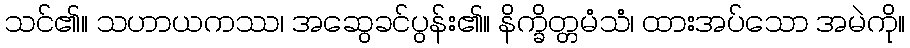
သင်၏။ သဟာယကဿ၊ အဆွေခင်ပွန်း၏။ နိက္ခိတ္တမံသံ၊ ထားအပ်သော အမဲကို။